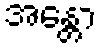
အန္တော